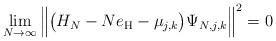
\begin{align*} \lim_{N \to \infty} \Big\| \big( H_N -N e_{\rm H} - \mu_{j,k}\big) \Psi_{N,j,k} \Big\|^2 =0\end{align*}